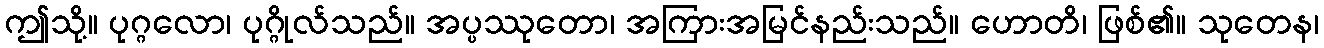
ဤသို့။ ပုဂ္ဂလော၊ ပုဂ္ဂိုလ်သည်။ အပ္ပဿုတော၊ အကြားအမြင်နည်းသည်။ ဟောတိ၊ ဖြစ်၏။ သုတေန၊